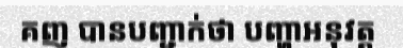
គញ បានបញ្ជាក់ថា បញ្ហាអនុវត្ត